Leaving Certificate Examination, 1909
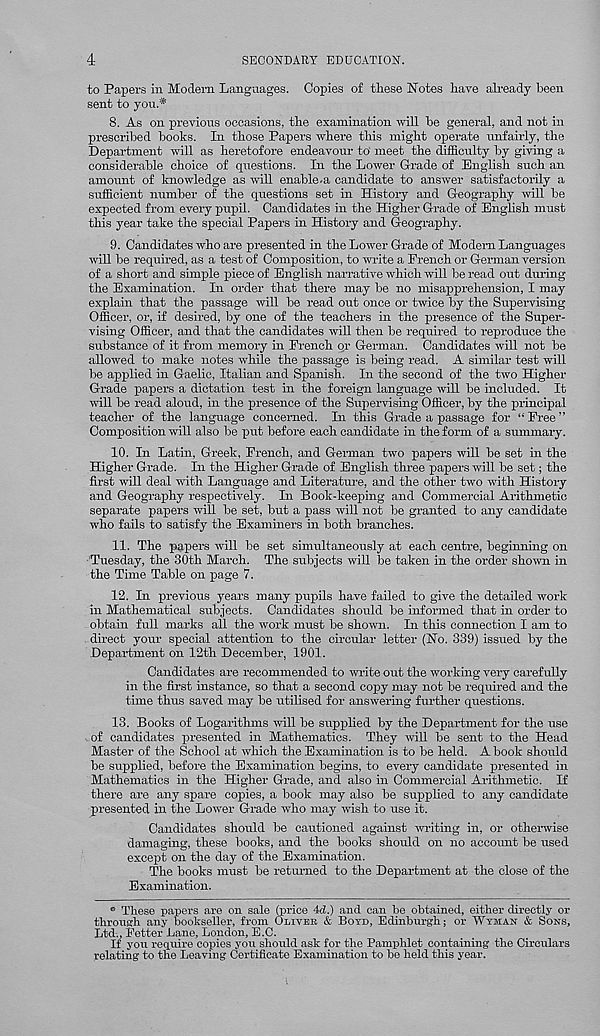
4
SECONDARY EDUCATION.
to Papers in Modem Languages. Copies of these Notes have already been
sent to you.*
8. As on previous occasions, the examination will be general, and not in
prescribed books. In those Papers where this might operate unfairly, the
Department will as heretofore endeavour to' meet the difficulty by giving a
considerable choice of questions. In the Lower Grade of English such an
amount of knowledge as will enable.a candidate to answer satisfactorily a
sufficient number of the questions set in History and Geography will be
expected from every pupil. Candidates in the Higher Grade of English must
this year take the special Papers in History and Geography.
9. Candidates who are presented in the Lower Grade of Modem Languages
will be required, as a test of Composition, to write a Prench or German version
of a short and simple piece of English narrative which will be read out during
the Examination. In order that there may be no misapprehension, I may
explain that the passage will be read out once or twice by the Supervising
Officer, or, if desired, by one of the teachers in the presence of the Super-
vising Officer, and that the candidates will then be required to reproduce the
substance of it from memory in Prench qr German. Candidates will not be
allowed to make notes while the passage is being read. A similar test will
be applied in Gaelic, Italian and Spanish. In the second of the two Higher
Grade papers a dictation test in the foreign language will be included. It
will be read aloud, in the presence of the Supervising Officer, by the principal
teacher of the language concerned. In this Grade a passage for “Pree”
Composition will also be put before each candidate in the form of a summary.
10. In Latin, Greek, Prench, and German two papers will be set in the
Higher Grade. In the Higher Grade of English three papers will be set; the
first will deal with Language and Literature, and the other two with History
and Geography respectively. In Book-keeping and Commercial Arithmetic
separate papers will be set, but a pass will not be granted to any candidate
who fails to satisfy the Examiners in both branches.
11. The papers will be set simultaneously at each centre, beginning on
Tuesday, the 30th March. The subjects will be taken in the order shown in
the Time Table on page 7.
12. In previous years many pupils have failed to give the detailed work
in Mathematical subjects. Candidates should be informed that in order to
obtain full marks all the work must be shown. In this connection I am to
direct your special attention to the circular letter (No. 339) issued by the
Department on 12th December, 1901.
Candidates are recommended to write out the working very carefully
in the first instance, so that a second copy may not be required and the
time thus saved may be utilised for answering further questions.
13. Books of Logarithms will be supplied by the Department for the use
. of candidates presented in Mathematics. They will be sent to the Head
Master of the School at which the Examination is to be held. A book should
be supplied, before the Examination begins, to every candidate presented in
Mathematics in the Higher Grade, and also in Commercial Arithmetic. If
there are any spare copies, a book may also be supplied to any candidate
presented in the Lower Grade who may wish to use it.
Candidates should be cautioned against writing in, or otherwise
damaging, these books, and the books should on no accomit be used
except on the day of the Examination.
The books must be returned to the Department at the close of the
Examination.
o These papers are on sale (price 4d.) and can be obtained, either directly or
through any bookseller, from OLIVER & BOYD, Edinburgh; or WYMAN & SONS,
Ltd., Fetter Lane, .London, E.C.
If you require copies you should ask for the Pamphlet containing the Circulars
relating to the Leaving Certificate Examination to be held this year.